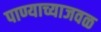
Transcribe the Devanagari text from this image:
पाण्याच्याजवळ